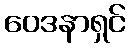
ဝေဒနာရှင်